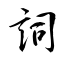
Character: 詞